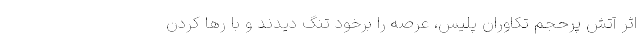
اثر آتش پرحجم تکاوران پلیس، عرصه را برخود تنگ دیدند و با رها کردن